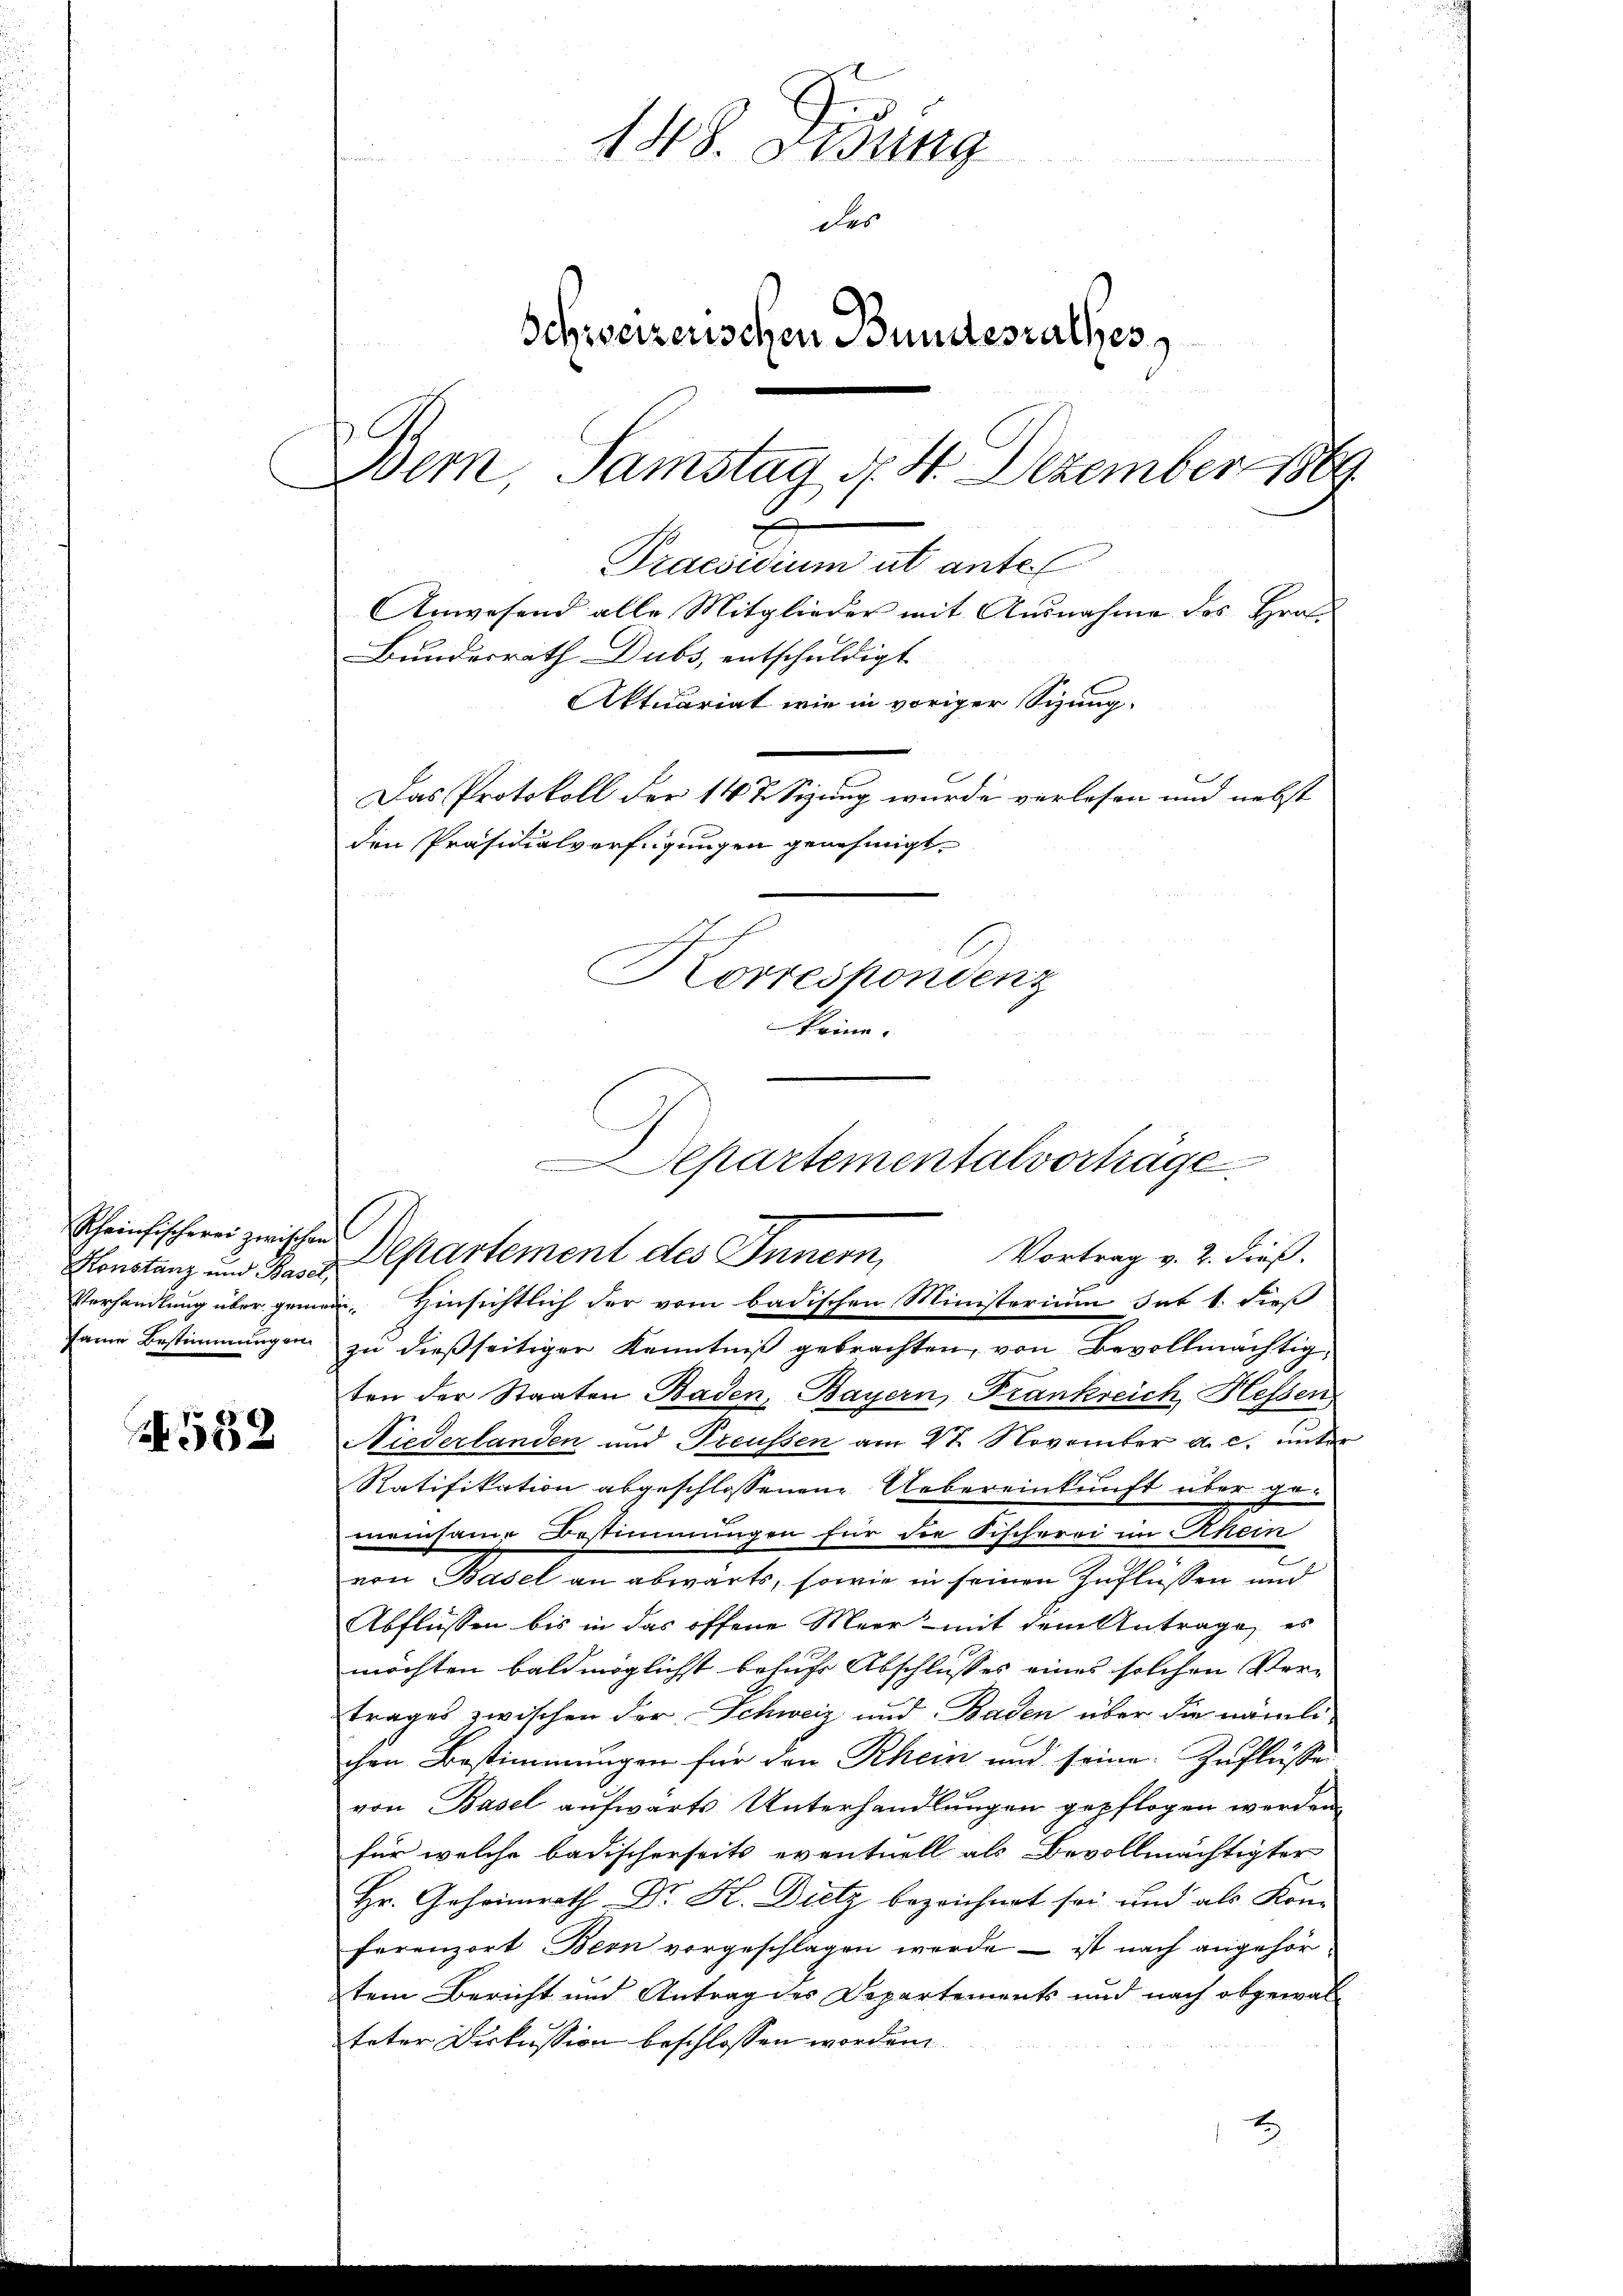
Konstanz und Basel,

1

148. Didung
des
Schweizerischen Bundesrathes
e
Samstag d. 4. Dezember 1869
Precarium ab anter
Anwesend alle Mitglieder mit Ausnahme des Hrn.
Bundesrath Dubs, entschuldigt
Aktuariat wie in voriger Sitzung.
Das Protokoll der 14 T Sizung wurde verlesen und nebst
den Präsidialverfügungen genehmigt.
Korrespondenz
keine

same Bestimmungen zŭ dießseitiger Kenntniß gebrachten, von Bevollmächtig,
ten der Staaten Baden, Bayern, Frankreich Hessen
Niederlanden und Preussen am 28. November a. c. unter
Ratifikation abgeschlossenen Uebereinkunft über ge-
meinsame Bestimmungen für die Fischerei im Rhein
e
von Basel an abwärts, sowie in seinen Zuflüssen und
Abflüssen bis in das offene Meer mit dem Antrage, es
möchten baldmöglichst behufs Abschlusses eines solchen Ver-
trages zwischen der Schweiz und Baden über die nämli
chen Bestimmungen für den Rhein und seine Zuflüsse
von Basel aufwärts Unterhandlungen gepflogen werden.
für welche badischerseits eventuell als Bevollmächtigter
Hr. Geheimrath Dr. K. Dietz bezeichnet sei und als Kom
ferenzort Bern vorgeschlagen werde – ist nach angehörtem Bericht und Antrag des Departements und nach obgewal
teter Diskussion beschlossen worden.

s
Departementalvorträge
Scheinfischeren zwischen Departement des Innern,
Vortrag v. 2. dieß.
Verhandlung über gemein, Hinsichtlich der vom badischen Ministerium sub 1. dieß